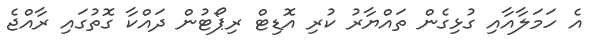
އެ ހަމަލާއާއި ގުޅިގެން ތައްޔާރު ކުރި އޮޑިޓް ރިޕޯޓުން ދައްކާ ގޮތުގައި ރާއްޖެ